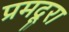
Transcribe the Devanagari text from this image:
प्रमदूरा